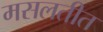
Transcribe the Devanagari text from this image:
मसलतीत